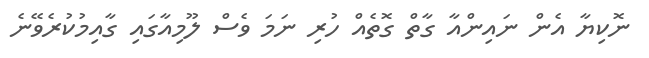
ނޮކިޔާ އެން ނައިންއާ ގާތް ގޮތެއް ހުރި ނަމަ ވެސް ލޫމިއާގައި ގާއިމުކުރެވޭނެ